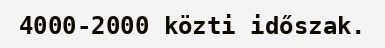
4000-2000 közti időszak.